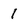
Character: 1